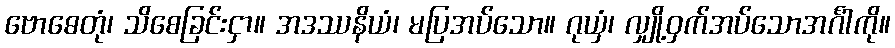
ဗောဓေတုံ၊ သိစေခြင်းငှာ။ အဒဿနိယံ၊ မပြအပ်သော။ ဂုယှံ၊ လျှို့ဝှက်အပ်သောအင်္ဂါကို။